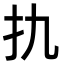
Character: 扏